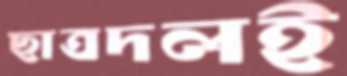
ছাত্রদলই